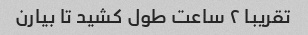
تقریبا ۲ ساعت طول کشید تا بیارن